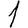
Digit: 1